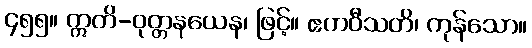
၄၅၅။ ဣတိ-ဝုတ္တနယေန၊ ဖြင့်။ ဧကဝီသတိ၊ ကုန်သော။